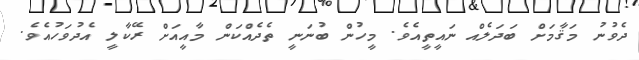
ދެވުނު މަޤާމަށް ބަދަލެއް ނައީތީއެވެ. މީހުން ބުނަނީ ތެދެއްކަން މާއީއަށް ރޭކާލީ އެދުވަހުއެވެ.